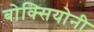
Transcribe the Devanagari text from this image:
बोक्सियोनी